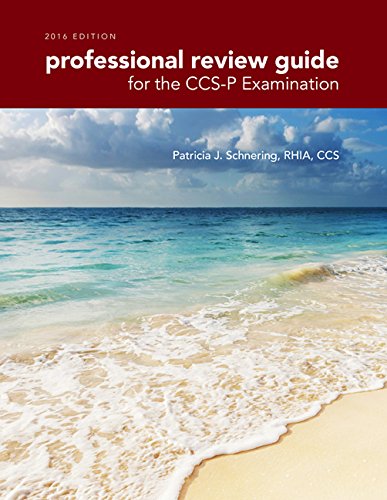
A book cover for Professional Review Guide for the CCS-P Examination, 2015 Edition (with Premium Web Site, 2 terms (12 months) Printed Access Card); Patricia Schnering; Business & Money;